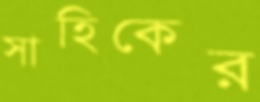
সাহিকের